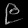
Digit: ၉